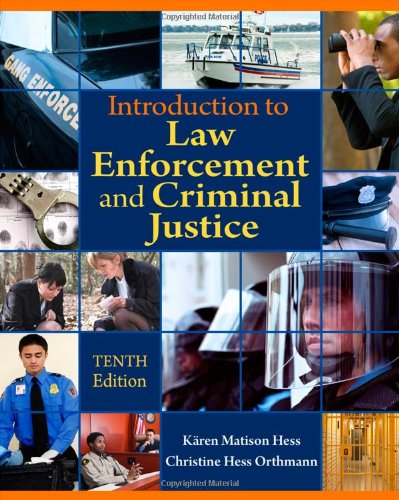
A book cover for Introduction to Law Enforcement and Criminal Justice, 10th Edition; KÃ¤ren M. Hess; Law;